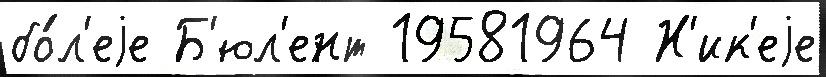
бо́л'еjе Б'юл'ент 19581964 Н'ик'еjе